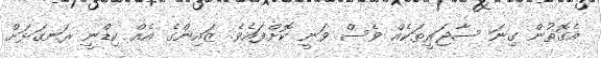
އެގޮތުން ގިނަ ސާޖަރީތަކެއް ވެސް ވަނީ ކޮށްފައެވެ. ޒައިންގެ އެއް ކިޑްނީ ރަނގަޅަށް